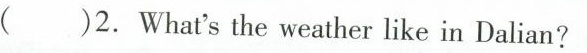
( )2. What's the weather like in Dalian?